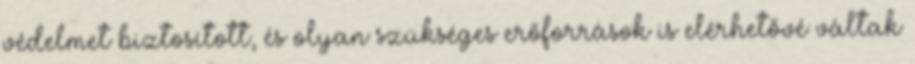
védelmet biztosított, és olyan szükséges erőforrások is elérhetővé váltak